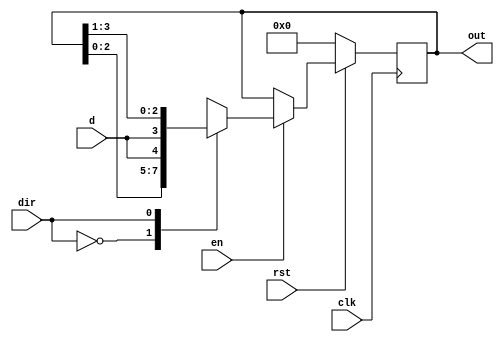
`timescale 1ns / 1ps

module bidirectional_shift_reg#(parameter MSB=4) (input d,                      // Declare input for data to the first flop in the shift register
                                        input clk,                    // Declare input for clock to all flops in the shift register
                                        input en,                     // Declare input for enable to switch the shift register on/off
                                        input dir,                    // Declare input to shift in either left or right direction
                                        input rst,                   // Declare input to reset the register to a default value
                                        output reg [MSB-1:0] out);    // Declare output to read out the current value of all flops in this register
   reg [3:0] temp;
   always @ (posedge clk)
      if (!rst)
         out <= 0;
      else begin
         if (en)
            case (dir)
    0 : begin
        temp = out << 1;  // Shift left by 1
        temp[0] = d;      // Set LSB to 'd'
        out <= temp;
    end
    1 : begin
        temp = out >> 1;  // Shift right by 1
        temp[3] = d;      // Set MSB to 'd'
        out <= temp;
    end
endcase
         else
            out <= out;
      end
endmodule